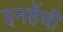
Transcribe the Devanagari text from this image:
इनहेंची